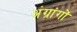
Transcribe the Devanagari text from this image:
अंग्रांगों